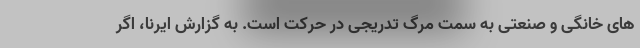
های خانگی و صنعتی به سمت مرگ تدریجی در حرکت است. به گزارش ایرنا، اگر